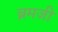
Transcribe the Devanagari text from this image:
ब्रमजी